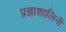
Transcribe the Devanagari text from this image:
प्रज्ञाशालिनी